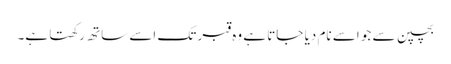
بچپن سے جو اسے نام دیا جاتا ہے وہ قبر تک اسے ساتھ رکھتا ہے۔